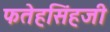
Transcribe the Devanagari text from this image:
फतेहसिंहजी